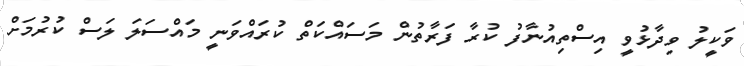
ވަކީލު ވިދާޅުވީ އިސްތިއުނާފު ކުރާ ފަރާތުން މަސައްކަތް ކުރައްވަނީ މައްސަލަ ލަސް ކުރުމަށް